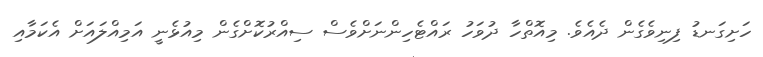
ހަށިގަނޑު ފިނިވެގެން ދެއެވެ. މިއޮތްހާ ދުވަހު ރައްޓެހިންނަށްވެސް ސިއްރުކޮށްގެން މިއުޅެނީ އަމިއްލައަށް އެކަމާއި